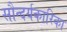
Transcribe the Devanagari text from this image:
सौन्दर्यकारिका